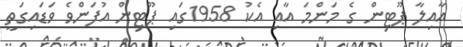
ޢާއިލާ ޕޫޓިން ގެ މަންމަ އާއި އެކު 1958ގައި ޕޫޓިން އުފަންވެ ވަޑައިގަތީ